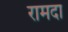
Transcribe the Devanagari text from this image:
रामदा